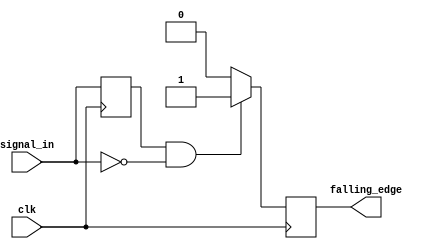
module falling_edge_detector (
    input wire clk,          // Clock signal
    input wire signal_in,    // Input signal to detect falling edge
    output reg falling_edge  // Output pulse indicating falling edge
);

    reg prev_signal;         // Register to store the previous state of signal_in

    // Always block triggered on the rising edge of the clock
    always @(posedge clk) begin
        // Falling edge detection logic
        falling_edge <= (prev_signal == 1'b1 && signal_in == 1'b0) ? 1'b1 : 1'b0;
        
        // Update the previous signal state
        prev_signal <= signal_in;
    end

endmodule